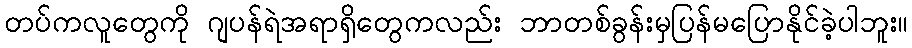
တပ်ကလူတွေကို ဂျပန်ရဲအရာရှိတွေကလည်း ဘာတစ်ခွန်းမှပြန်မပြောနိုင်ခဲ့ပါဘူး။